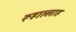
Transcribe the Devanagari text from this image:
रूहाल्लाह